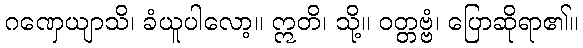
ဂဏှေယျာသိ၊ ခံယူပါလော့။ ဣတိ၊ သို့။ ဝတ္တဗ္ဗံ၊ ပြောဆိုရာ၏။